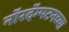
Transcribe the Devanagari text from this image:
नॉरदॅम्पटनच्या